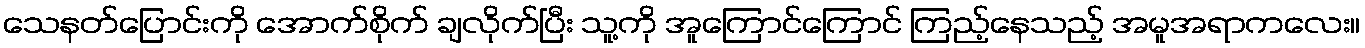
သေနတ်ပြောင်းကို အောက်စိုက် ချလိုက်ပြီး သူ့ကို အူကြောင်ကြောင် ကြည့်နေသည့် အမူအရာကလေး။